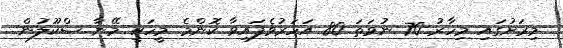
މިރަށުގައި މިހާރު 70 ނުވަތަ 80 އަހަރުވެފައިވާ ކޮންމެ މީހަކީ މޭނާ ސްކޫލުން